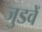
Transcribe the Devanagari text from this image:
जुडवें